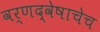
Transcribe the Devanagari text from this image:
वर्णद्वेषाचेच